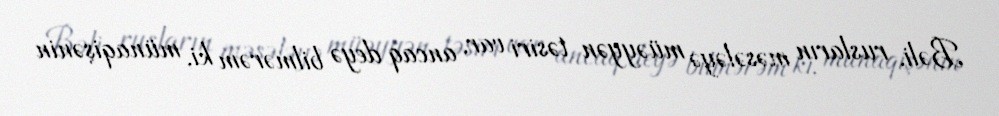
Bəli, rusların məsələyə müəyyən təsiri var, ancaq deyə bilmərəm ki, münaqişənin